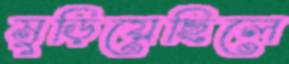
মুড়িয়েছিলে